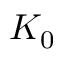
K _ { 0 }